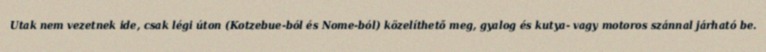
Utak nem vezetnek ide, csak légi úton (Kotzebue-ból és Nome-ból) közelíthető meg, gyalog és kutya- vagy motoros szánnal járható be.